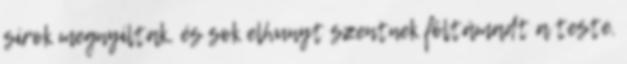
sírok megnyíltak, és sok elhunyt szentnek föltámadt a teste.